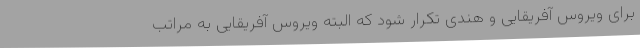
برای ویروس آفریقایی و هندی تکرار شود که البته ویروس آفریقایی به مراتب